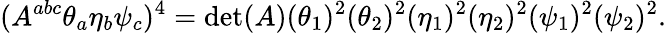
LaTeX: (A^{abc}\theta_{a}\eta_{b}\psi_{c})^{4}=\operatorname*{det}(A)(\theta_{1})^{2}(\theta_{2})^{2}(\eta_{1})^{2}(\eta_{2})^{2}(\psi_{1})^{2}(\psi_{2})^{2}.